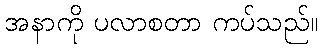
အနာကို ပလာစတာ ကပ်သည်။